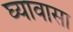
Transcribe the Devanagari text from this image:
घ्यावासा